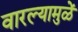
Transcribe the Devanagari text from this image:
वारल्यामुळें